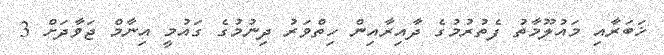
ޚަބަރާއި މައުލޫމާތު ފެތުރުމުގެ ދާއިރާއިން ހިތްވަރު ދިނުމުގެ ގައުމީ އިނާމް ޖަވާދަށް 3